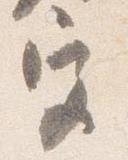
宮